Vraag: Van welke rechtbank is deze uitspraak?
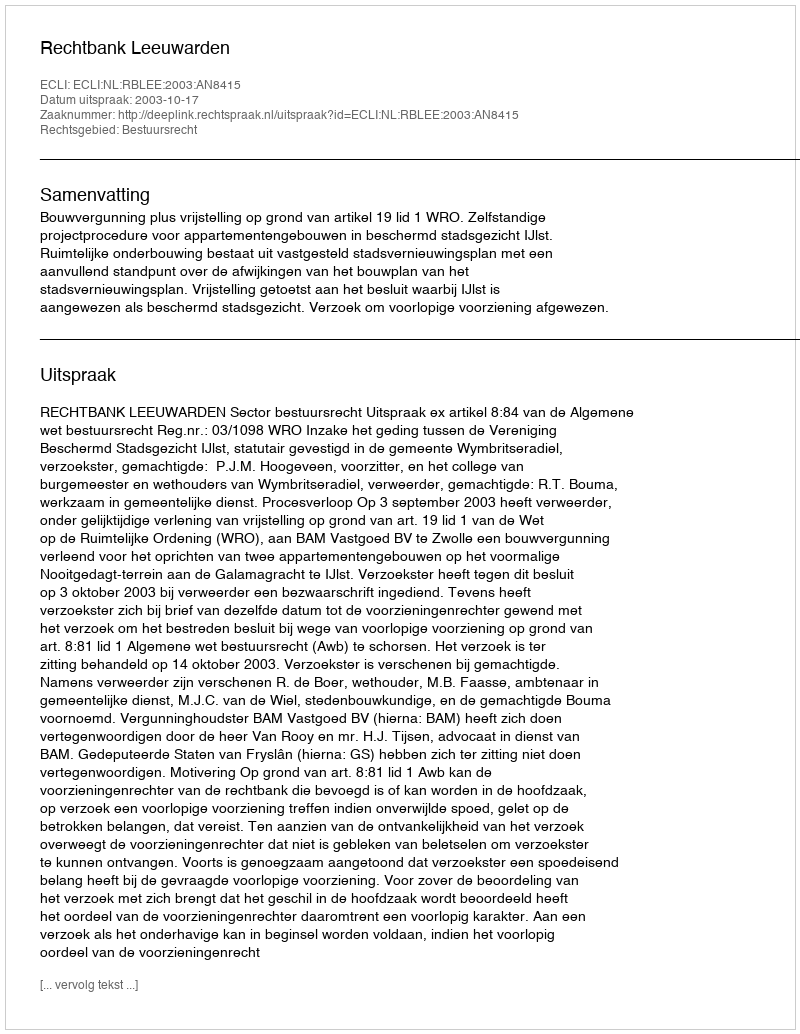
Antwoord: Rechtbank Leeuwarden